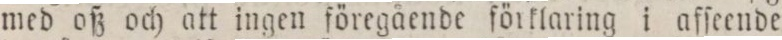
med oß och att ingen föregående förklaring i afſeende